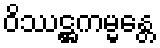
ဝိဿဋ္ဌကမ္မန္တေ